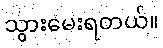
သွားမေးရတယ်။